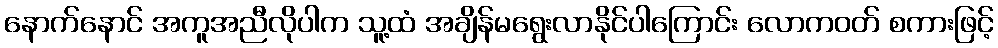
နောက်နောင် အကူအညီလိုပါက သူ့ထံ အချိန်မရွေးလာနိုင်ပါကြောင်း လောကဝတ် စကားဖြင့်